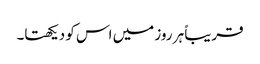
قریباً ہر روز میں اس کو دیکھتا۔